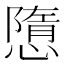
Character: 𢡢